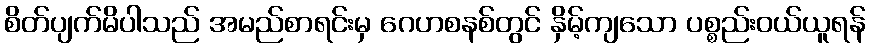
စိတ်ပျက်မိပါသည် အမည်စာရင်းမှ ဂေဟစနစ်တွင် နှိမ့်ကျသော ပစ္စည်းဝယ်ယူရန်